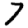
Digit: 7